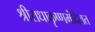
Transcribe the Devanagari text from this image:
श्रीराधाकृष्णमंदिरात